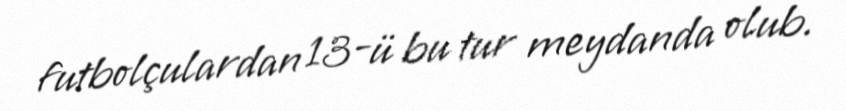
futbolçulardan 13-ü bu tur meydanda olub.